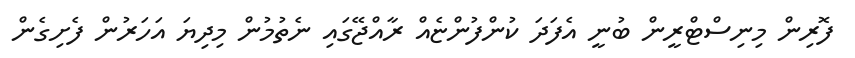
ފޮރިން މިނިސްޓްރީން ބުނީ އެފަދަ ކުންފުންޏެއް ރާއްޖޭގައި ނެތުމުން މިދިޔަ އަހަރުން ފެށިގެން